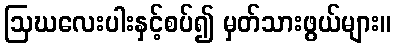
ဩဃလေးပါးနှင့်စပ်၍ မှတ်သားဖွယ်များ။